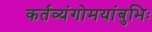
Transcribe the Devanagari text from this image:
कर्तव्यंगोमयांबुभिः